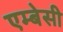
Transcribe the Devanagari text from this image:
एम्‍बेसी